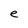
Character: e